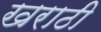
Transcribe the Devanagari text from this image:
खराठी